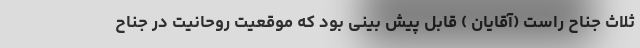
ثلاث جناح راست (آقایان ) قابل پیش بینی بود که موقعیت روحانیت در جناح